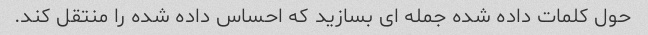
حول کلمات داده شده جمله ای بسازید که احساس داده شده را منتقل کند.